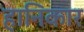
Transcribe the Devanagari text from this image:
हानिकार